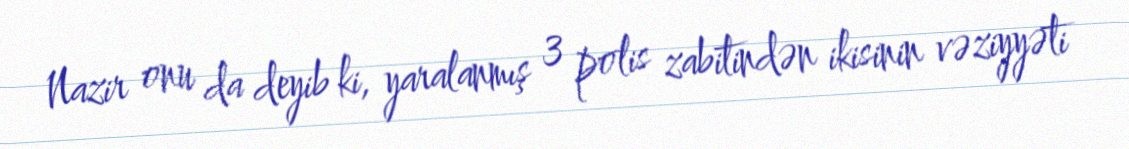
Nazir onu da deyib ki, yaralanmış 3 polis zabitindən ikisinin vəziyyəti